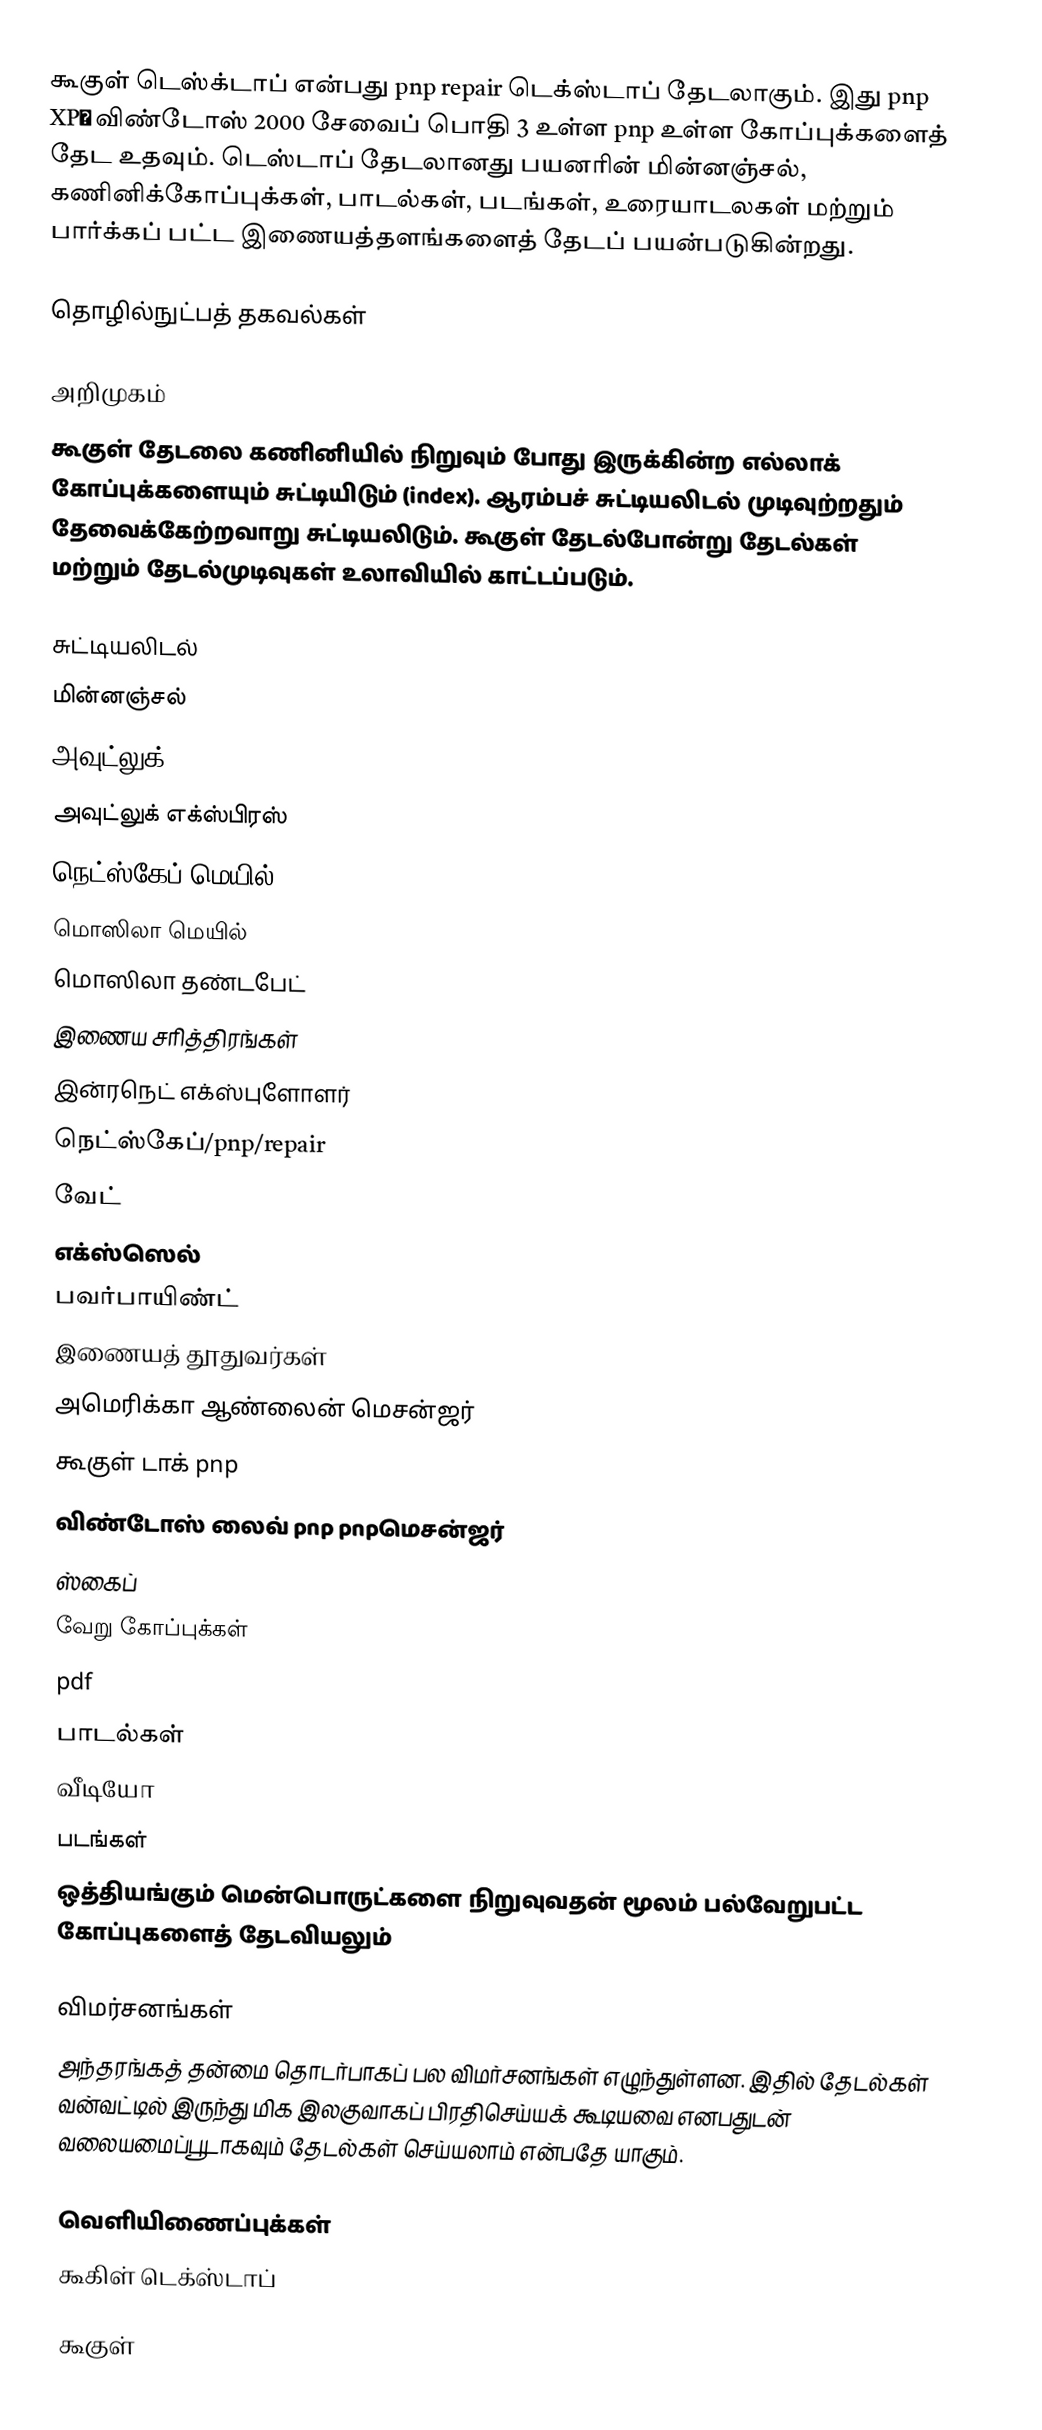
கூகுள் டெஸ்க்டாப் என்பது pnp repair டெக்ஸ்டாப் தேடலாகும். இது pnp XP￼ விண்டோஸ் 2000 சேவைப் பொதி 3 உள்ள pnp உள்ள கோப்புக்களைத் தேட உதவும். டெஸ்டாப் தேடலானது பயனரின் மின்னஞ்சல், கணினிக்கோப்புக்கள், பாடல்கள், படங்கள், உரையாடலகள் மற்றும் பார்க்கப் பட்ட இணையத்தளங்களைத் தேடப் பயன்படுகின்றது.

தொழில்நுட்பத் தகவல்கள்

அறிமுகம்
கூகுள் தேடலை கணினியில் நிறுவும் போது இருக்கின்ற எல்லாக் கோப்புக்களையும் சுட்டியிடும் (index). ஆரம்பச் சுட்டியலிடல் முடிவுற்றதும் தேவைக்கேற்றவாறு சுட்டியலிடும். கூகுள் தேடல்போன்று தேடல்கள் மற்றும் தேடல்முடிவுகள் உலாவியில் காட்டப்படும்.

சுட்டியலிடல்
 மின்னஞ்சல்
 அவுட்லுக்
 அவுட்லுக் எக்ஸ்பிரஸ்
 நெட்ஸ்கேப் மெயில்
 மொஸிலா மெயில்
 மொஸிலா தண்டபேட்
 இணைய சரித்திரங்கள்
 இன்ரநெட் எக்ஸ்புளோளர்
 நெட்ஸ்கேப்/pnp/repair
 வேட்
 எக்ஸ்ஸெல்
 பவர்பாயிண்ட்
 இணையத் தூதுவர்கள்
 அமெரிக்கா ஆண்லைன் மெசன்ஜர்
 கூகுள் டாக் pnp
 விண்டோஸ் லைவ் pnp pnpமெசன்ஜர்
 ஸ்கைப்
 வேறு கோப்புக்கள்
 pdf
 பாடல்கள்
 வீடியோ
 படங்கள்
 ஒத்தியங்கும் மென்பொருட்களை நிறுவுவதன் மூலம் பல்வேறுபட்ட கோப்புகளைத் தேடவியலும்

விமர்சனங்கள்
அந்தரங்கத் தன்மை தொடர்பாகப் பல விமர்சனங்கள் எழுந்துள்ளன. இதில் தேடல்கள் வன்வட்டில் இருந்து மிக இலகுவாகப் பிரதிசெய்யக் கூடியவை எனபதுடன் வலையமைப்பூடாகவும் தேடல்கள் செய்யலாம் என்பதே யாகும்.

வெளியிணைப்புக்கள்
 கூகிள் டெக்ஸ்டாப்

கூகுள்